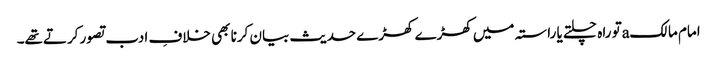
امام مالکaتو راہ چلتے یا راستہ میں کھڑے کھڑے حدیث بیان کرنا بھی خلافِ ادب تصور کرتےتھے۔